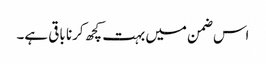
اس ضمن میں بہت کچھ کرنا باقی ہے۔